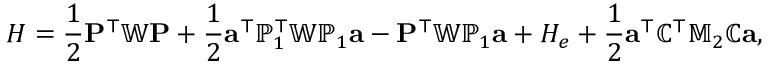
H = \frac { 1 } { 2 } { \mathbf P } ^ { \top } \mathbb { W } { \mathbf P } + \frac { 1 } { 2 } { \mathbf a } ^ { \top } { \mathbb P } _ { 1 } ^ { \top } \mathbb { W } { \mathbb P } _ { 1 } { \mathbf a } - { \mathbf P } ^ { \top } \mathbb { W } \mathbb { P } _ { 1 } { \mathbf a } + H _ { e } + \frac { 1 } { 2 } { \mathbf a } ^ { \top } { \mathbb C } ^ { \top } \mathbb { M } _ { 2 } { \mathbb C } { \mathbf a } ,